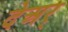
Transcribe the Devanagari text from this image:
देअर्